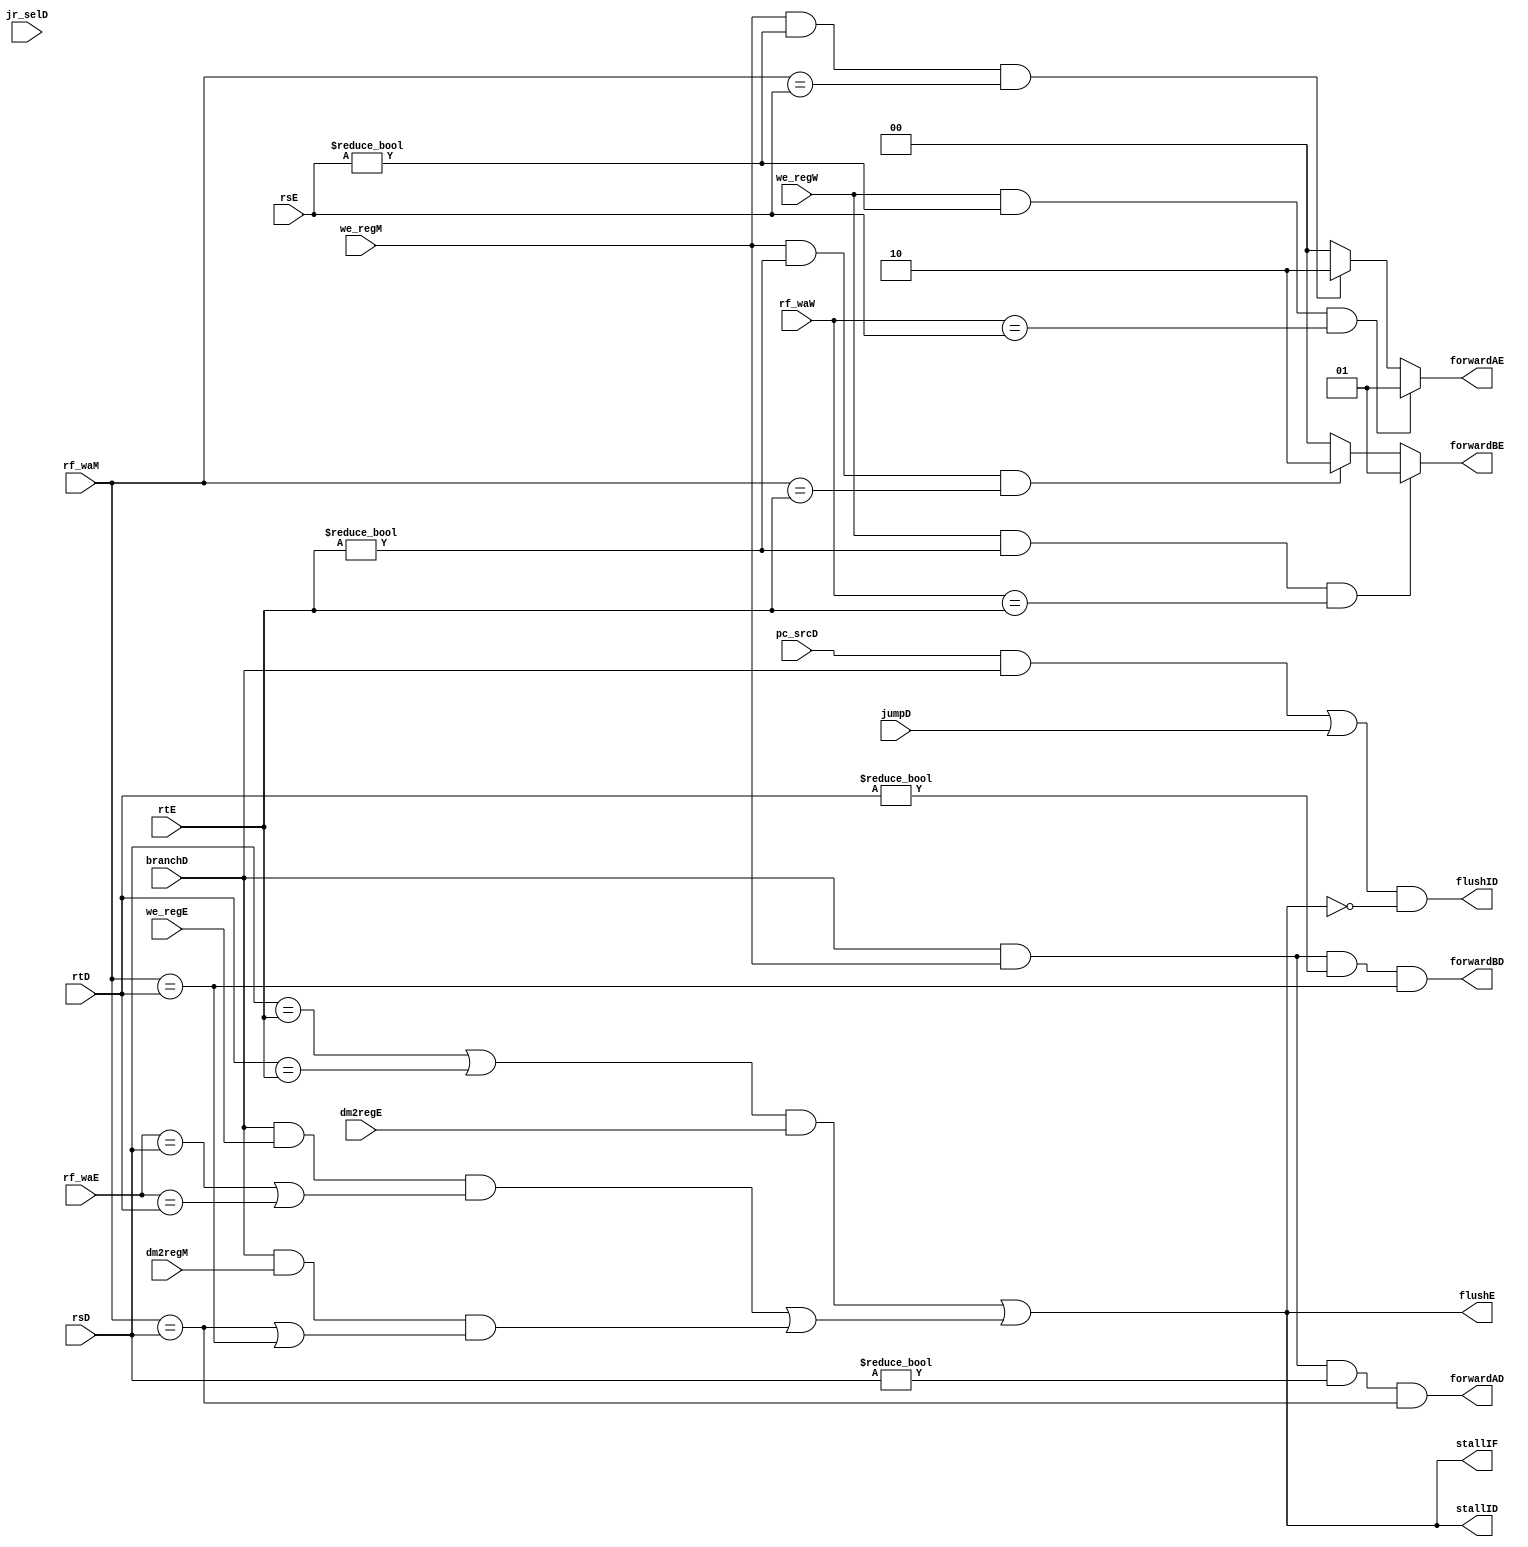
module HazardUnit(
    input wire [4:0] rsD,
    input wire [4:0] rtD,
    input wire pc_srcD,
    input wire jumpD,
    input wire jr_selD,
    input wire branchD,
    input wire [4:0] rsE,
    input wire [4:0] rtE,
    input wire we_regE,
    input wire [4:0] rf_waE,
    input wire dm2regE,
    input wire dm2regM,
    input wire we_regM,
    input wire [4:0] rf_waM,
    input wire [4:0] rf_waW,
    input wire we_regW,
    output reg stallIF,
    output reg stallID,
    output reg flushID,
    output reg flushE,
    output reg forwardAD,
    output reg forwardBD,
    output reg [1:0] forwardAE,
    output reg [1:0] forwardBE
    );
    
    reg lwstall;
    reg branchstall;
    reg jumpstall;
    reg stall;
    //reg branch_taken;
    
    initial begin
        lwstall = 0;
        branchstall = 0;
        jumpstall = 0;
        stall = 0;
    end
    
    always @ (*) begin
        // forwardAE and forwardBE
        if (we_regW & (rsE != 0) & (rf_waW == rsE))
            forwardAE = 2'b01;
        else if (we_regM & (rsE != 0) & (rf_waM == rsE))
            forwardAE = 2'b10;
        else forwardAE = 2'b00;
        
        if (we_regW & (rtE != 0) & (rf_waW == rtE))
            forwardBE = 2'b01;
        else if (we_regM & (rtE != 0) & (rf_waM == rtE))
            forwardBE = 2'b10;
        else forwardBE = 2'b00;
        
        //forwardAD and forwardBD   
        forwardAD = (branchD) & we_regM & (rsD != 0) & (rf_waM == rsD);
        forwardBD = (branchD) & we_regM & (rtD != 0) & (rf_waM == rtD);
        
        //lwstall
        lwstall = ((rsD == rtE) | (rtD == rtE)) & dm2regE;
        
        //branchstall
        branchstall = (branchD & we_regE & ((rf_waE == rsD) | (rf_waE == rtD)))
	    | (branchD & dm2regM & ((rf_waM == rsD) | (rf_waM == rtD)));
	    
        
        //jumpstall
        jumpstall = jumpD | jr_selD;
        
        //stall logic
        stall = lwstall | branchstall;
        stallIF = stall;
        stallID = stall;
        flushE = stall;
        
        //If branch taken and no hazard stalling, flush ID stage
        flushID = (((pc_srcD == 1) & branchD) | jumpD) & (stall == 0); 
        
    end
      
endmodule